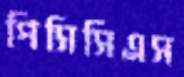
পিসিসিএস